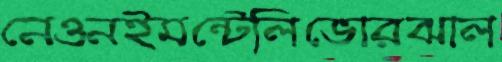
নেওনইমন্টেলিভোরঝাল